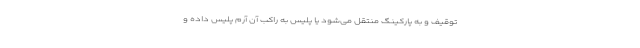
توقیف و به پارکینگ منتقل می‌شود یا پلیس به راکب آن آرم پلیس داده و